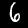
Digit: 6